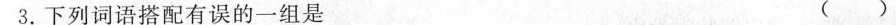
3.下列词语搭配有误的一组是 ( )